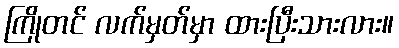
ကြိုတင် လက်မှတ်မှာ ထားပြီးသားလား။